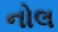
નોલ